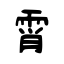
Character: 霄